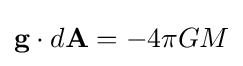
\mathbf {g} \cdot d\mathbf {A} =-4\pi GM